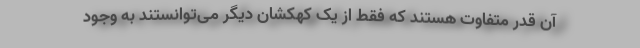
آن قدر متفاوت هستند که فقط از یک کهکشان دیگر می‌توانستند به وجود